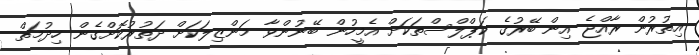
އިތުރުން ރާއްޖެ އިން ބޭރުގެ ކަޕްލްސްތަކަށް އެމީހުން ބޭނުންވާ މަންޒިލަކަށް ދަތުރުކޮށްގެން ހިދުމަތް